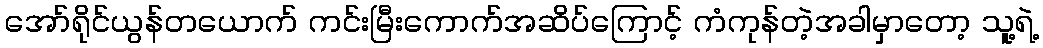
အော်ရိုင်ယွန်တယောက် ကင်းမြီးကောက်အဆိပ်ကြောင့် ကံကုန်တဲ့အခါမှာတော့ သူ့ရဲ့